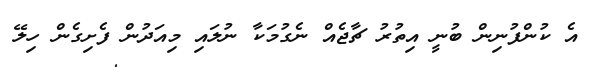
އެ ކުންފުނިން ބުނީ އިތުރު ޗާޖެއް ނެގުމަކާ ނުލައި މިއަދުން ފެށިގެން ހިލޭ